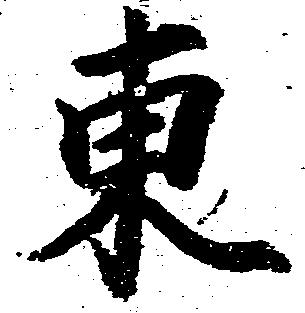
東